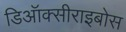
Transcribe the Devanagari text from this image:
डिऑक्सीराइबोस